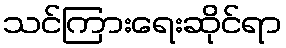
သင်ကြားရေးဆိုင်ရာ